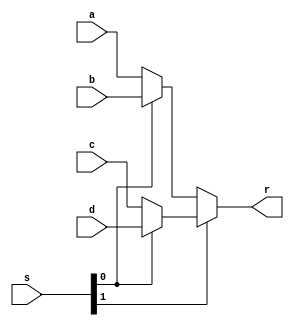
module mux16b4 (
	 input [15:0] a,
    input [15:0] b,
	 input [15:0] c,
    input [15:0] d,
    input [1:0]  s,
	 output[15:0] r
);

assign r = s[1] ? (s[0]  ? d : c) : (s[0]  ? b : a);

endmodule